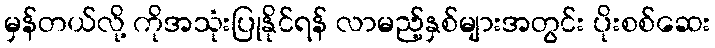
မှန်တယ်လို့ ကိုအသုံးပြုနိုင်ရန် လာမည့်နှစ်များအတွင်း ပိုးစစ်ဆေး